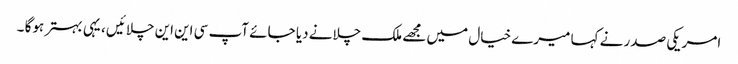
امریکی صدر نے کہا میرے خیال میں مجھے ملک چلانے دیا جائے آپ سی این این چلائیں ، یہی بہتر ہوگا ۔